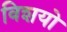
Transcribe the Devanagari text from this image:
विशयो